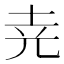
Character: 𡊪